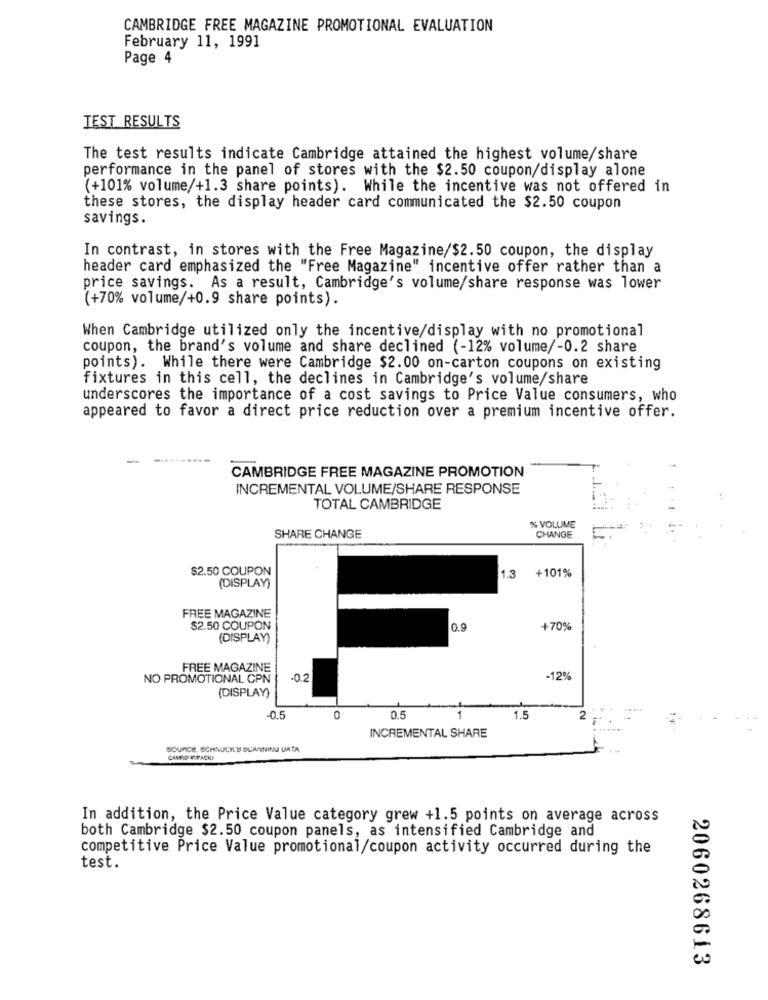
CAMBRIDGE FREE MAGAZINE PROMOTIONAL EVALUATION
February 11, 1991
Page 4
TEST RESULTS
The test results indicate Cambridge attained the highest volume/share
performance in the panel of stores with the $2.50 coupon/display alone
(+101% volume/+1.3 share points). While the incentive was not offered in
these stores, the display header card communicated the $2.50 coupon
savings.
In contrast, in stores with the Free Magazine/$2.50 coupon, the display
header card emphasized the "Free Magazine" incentive offer rather than a
price savings. As a result, Cambridge's volume/share response was lower
(+70% volume/+0.9 share points).
When Cambridge utilized only the incentive/display with no promotional
coupon, the brand's volume and share declined (-12% volume/-0.2 share
points). While there were Cambridge $2.00 on-carton coupons on existing
fixtures in this cell, the declines in Cambridge's volume/share
underscores the importance of a cost savings to Price Value consumers, who
appeared to favor a direct price reduction over a premium incentive offer.
CAMBRIDGE FREE MAGAZINE PROMOTION
INCREMENTAL VOLUME/SHARE RESPONSE
TOTAL CAMBRIDGE
% VOLUME
SHARE CHANGE
CHANGE
$2.50 COUPON
1.3
+101%
(DISPLAY)
FREE MAGAZINE
$2.50 COUPON
0.9
+70%
(DISPLAY)
FREE MAGAZINE
NO PROMOTIONAL CPN
0.2
-12%
(DISPLAY)
-0.5
0
0.5
1
1.5
INCREMENTAL SHARE
SOURCE, SCHNUCK & SUMININU UATA
CAMIF EPACKI
In addition, the Price Value category grew +1.5 points on average across
both Cambridge $2.50 coupon panels, as intensified Cambridge and
competitive Price Value promotional/coupon activity occurred during the
test.
2060268613